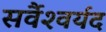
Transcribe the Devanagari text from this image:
सर्वैश्‍वर्यद